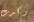
وكدت